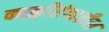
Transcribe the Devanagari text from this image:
काझ़ीरंगातील